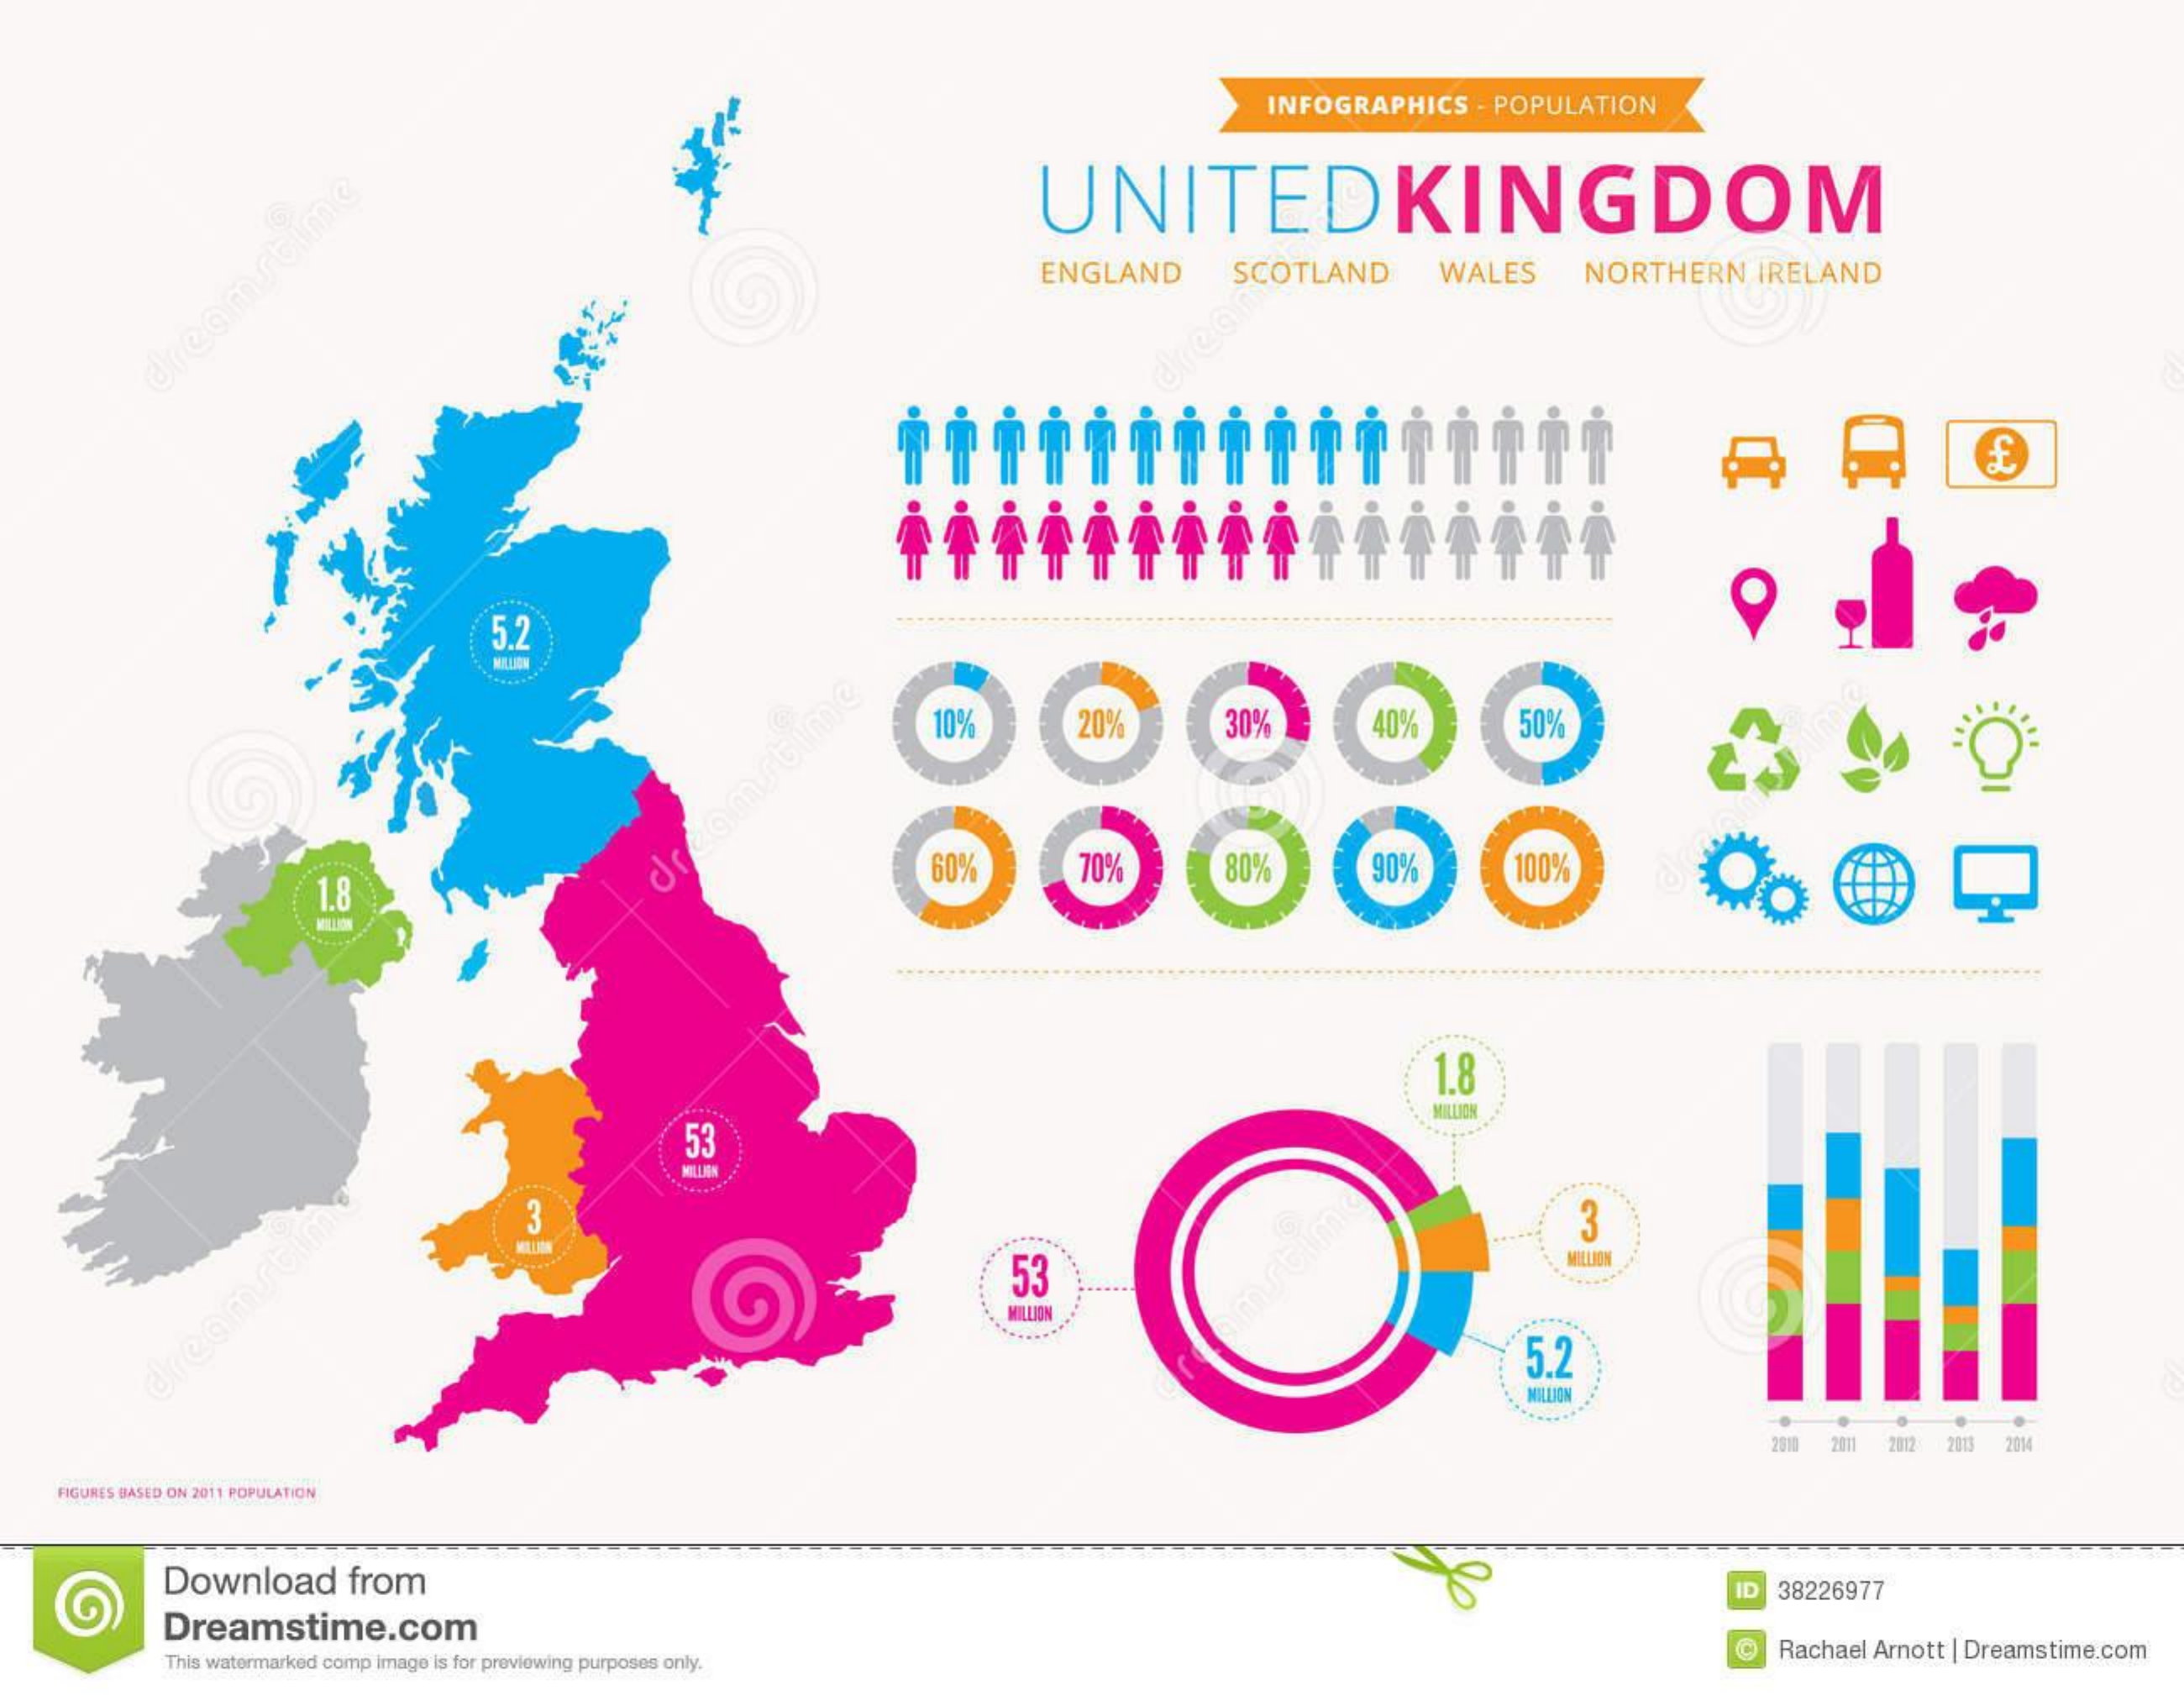
INFOGRAPHICS    . POPULATION
     UNITEDKINGDOM
     ENGLAND    SCOTLAND    WALES    NORTHERN    IRELAND
     drean
     5.2
     10%    20%    30%    40%    50%
     dreamtime
     60%    70%    80%    90%    100%
     1.8
     53
     MILLION
     3
     53
     MILLION
     MILLION
     5.2
     dreamrtim
     MILLION
     2011 2012  2013 2014
     FIGURES BASED ON 2011 POPULATION
     Download    from    ID   38226977
     Dreamstime.com
     This watermarked comp Image is for previewing purposes only.
     Rachael  Amott  | Dreamstime.com